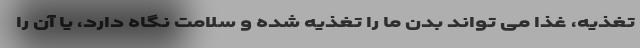
تغذیه، غذا می تواند بدن ما را تغذیه شده و سلامت نگاه دارد، یا آن را